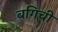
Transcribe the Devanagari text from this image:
बगिची